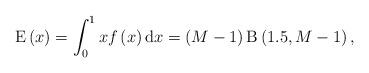
LaTeX: \begin{align*}\mathrm{E}\left( x \right) = \int_0^1 x f\left( x \right) \mathrm{d}x = \left( M -1 \right) \mathrm{B}\left(1.5, M-1\right),\end{align*}